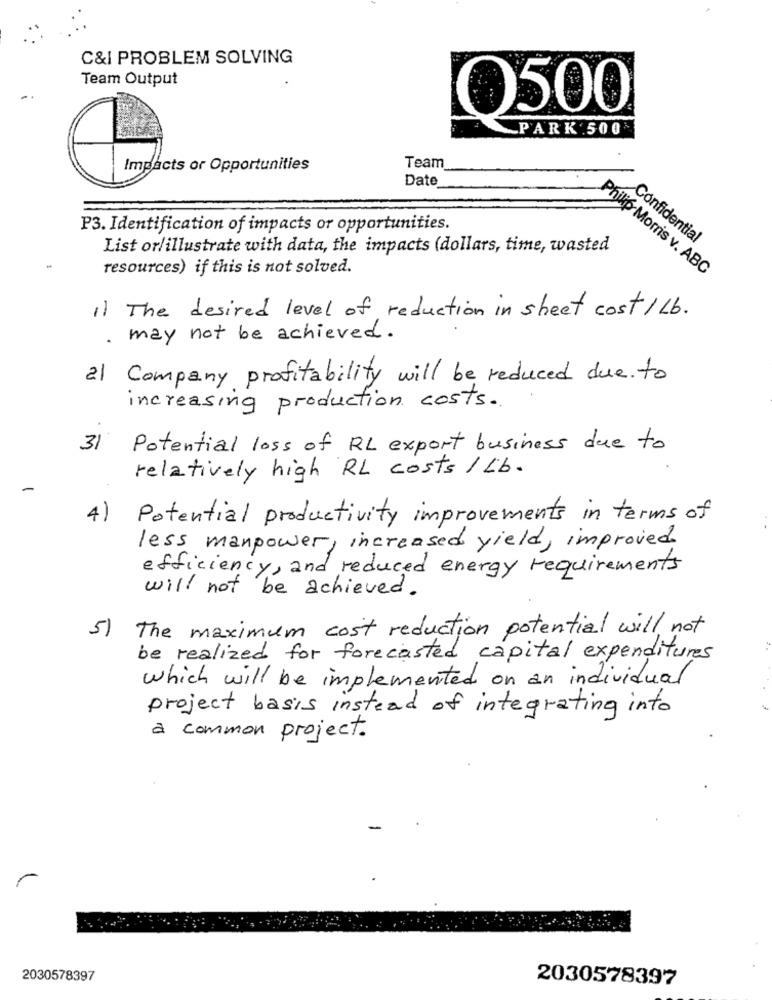
C&I PROBLEM SOLVING
Team Output
0500
_PARK .500
Impacts or Opportunities
Team
Date
P3. Identification of impacts or opportunities.
Confidential
List or/illustrate with data, the impacts (dollars, time, wasted
resources) if this is not solved.
Philip Morris v. ABC
1. The desired level of reduction in sheet cost / Lb.
. may not be achieved .
2) Company profitability will be reduced due to
increasing production costs.
31
Potential loss of RL export business due to
relatively high RL costs / Lb.
-
4) Potential productivity improvements in terms of
less manpower, increased yield , improved.
efficiency, and reduced energy requirements
will not be achieved .
5) The maximum cost reduction potential will not
be realized for forecasted capital expenditures
which will be implemented on an individual
project basis instead of integrating into
a common project.
2030578397
2030578397